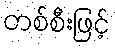
တစ်စီးဖြင့်